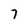
Character: 7